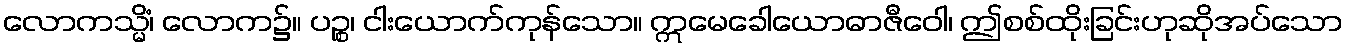
လောကသ္မိံ၊ လောက၌။ ပဉ္စ၊ ငါးယောက်ကုန်သော။ ဣမေခေါယောဓာဇီဝေါ၊ ဤစစ်ထိုးခြင်းဟုဆိုအပ်သော